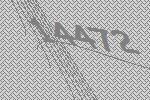
14472